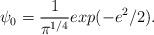
LaTeX: \begin{align*}\psi_0 = \frac{1}{\pi^{1/4}} exp(-e^2/2).\end{align*}